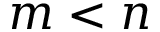
m < n